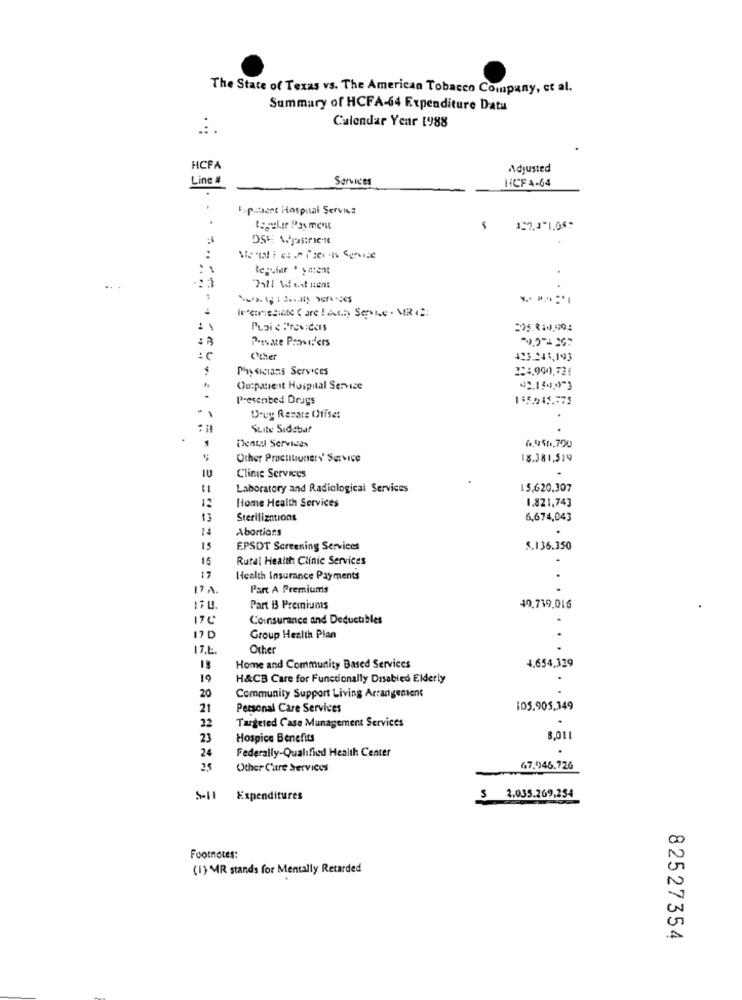
The State of Texas vs. The American Tobacco Company, et al.
Summary of HCFA-64 Expenditure Data
..
Calendar Year 1988
HCFA
Adjusted
Line #
Services
HCF4-64
F :- pitset Hospital Serviva
terciar . yatent
..
7521 Ad est sent
Puoi & ProvideIs
Private Providers
Other
43.241,193
Physicians Services
124,990,724
Outpatient Hospital Service
Presented Drugs
.
1
Drug Renate Chiise:
Suite Sidebar
Dental Services
6.450,700
Other PractitionerY' Service
18.381,519
IU
Cline Services
Laboratory and Radiological Services
15,620.307
Home Health Services
12
1.821,743
13
Sterilizations
6,674,043
14
Abortions
15
EPSDT Screening Services
$.136.350
15
Rural Health Clinic Services
17
Health Insurance Payments
17A.
Part A Premiums
17L.
Part B Premiums
49.719,016
Coinsurance and Deductibles
Group Health Plan
17.L
Other
4.654,329
18
Home and Community Based Services
19
H&CB Care for Functionally Disabled Elderly
20
Community Support Living Arrangement
21
Personal Care Services
105.905,349
32
Targeted Case Management Services
23
Hospice Benefits
8,011
24
Federally-Qualified Health Center
Other Care Services
67.046.726
Expenditures
S
2.035.269,254
Footnotes:
(1) MR stands for Mentally Retarded
82527354